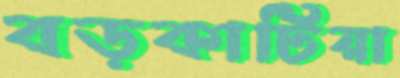
বড়কাটিয়া